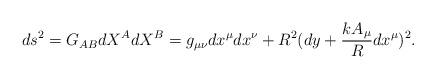
LaTeX: \begin{align*}ds^2=G_{AB}{dX^A}{dX^B}=g_{\mu \nu} dx^\mu dx^\nu + R^2 (dy + \frac{k A_\mu}{R} dx^\mu )^2 .\end{align*}